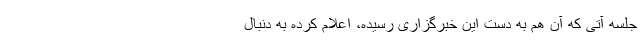
جلسه آتی که آن هم به دست این خبرگزاری رسیده، اعلام کرده به دنبال